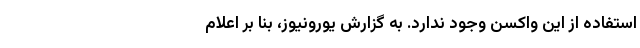
استفاده از این واکسن وجود ندارد. به گزارش یورونیوز، بنا بر اعلام